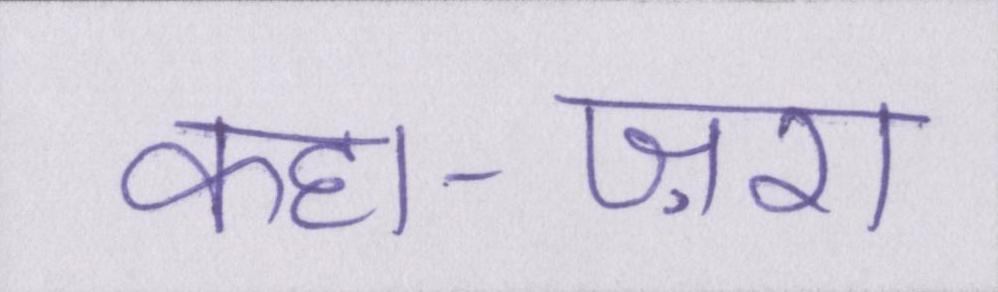
कहा-ज़रा